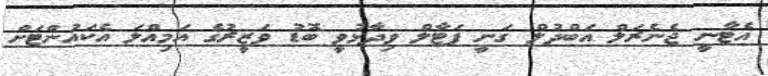
އެޓާނީ ޖެނެރަލް އަބްދުލް ގަނީ ޕަޓާލް ވިދާޅުވީ ބޮޑު ވަޒީރުގެ އަމިއްލަ އެކައުންޓަށް